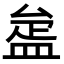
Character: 𥁱